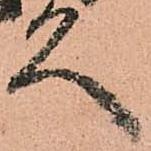
久